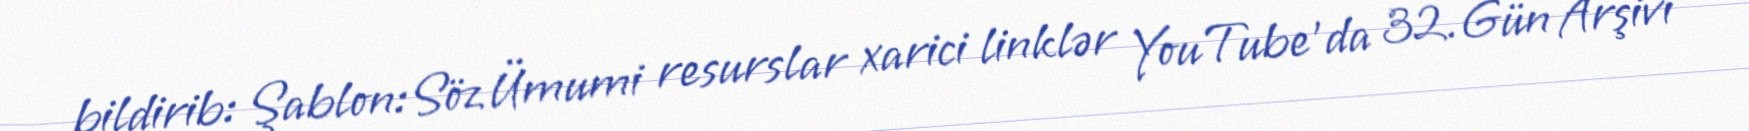
bildirib: Şablon:Söz Ümumi resurslar xarici linklər YouTube'da 32.Gün Arşivi -